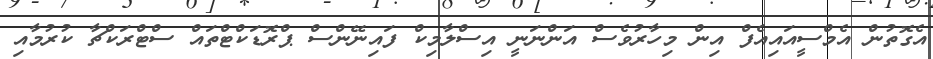
އެގޮތުން އެމްސީއައިއެފް އިން މިހާރުވެސް އަންނަނީ އިސްލާމިކް ފައިނޭންސް ޕްރޮޑަކްޓްތައް ސްޓްރަކްޗާ ކުރުމާއި